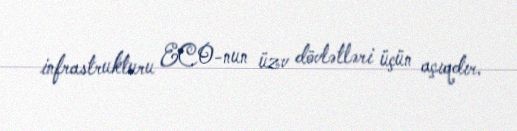
infrastrukturu ECO-nun üzv dövlətləri üçün açıqdır.